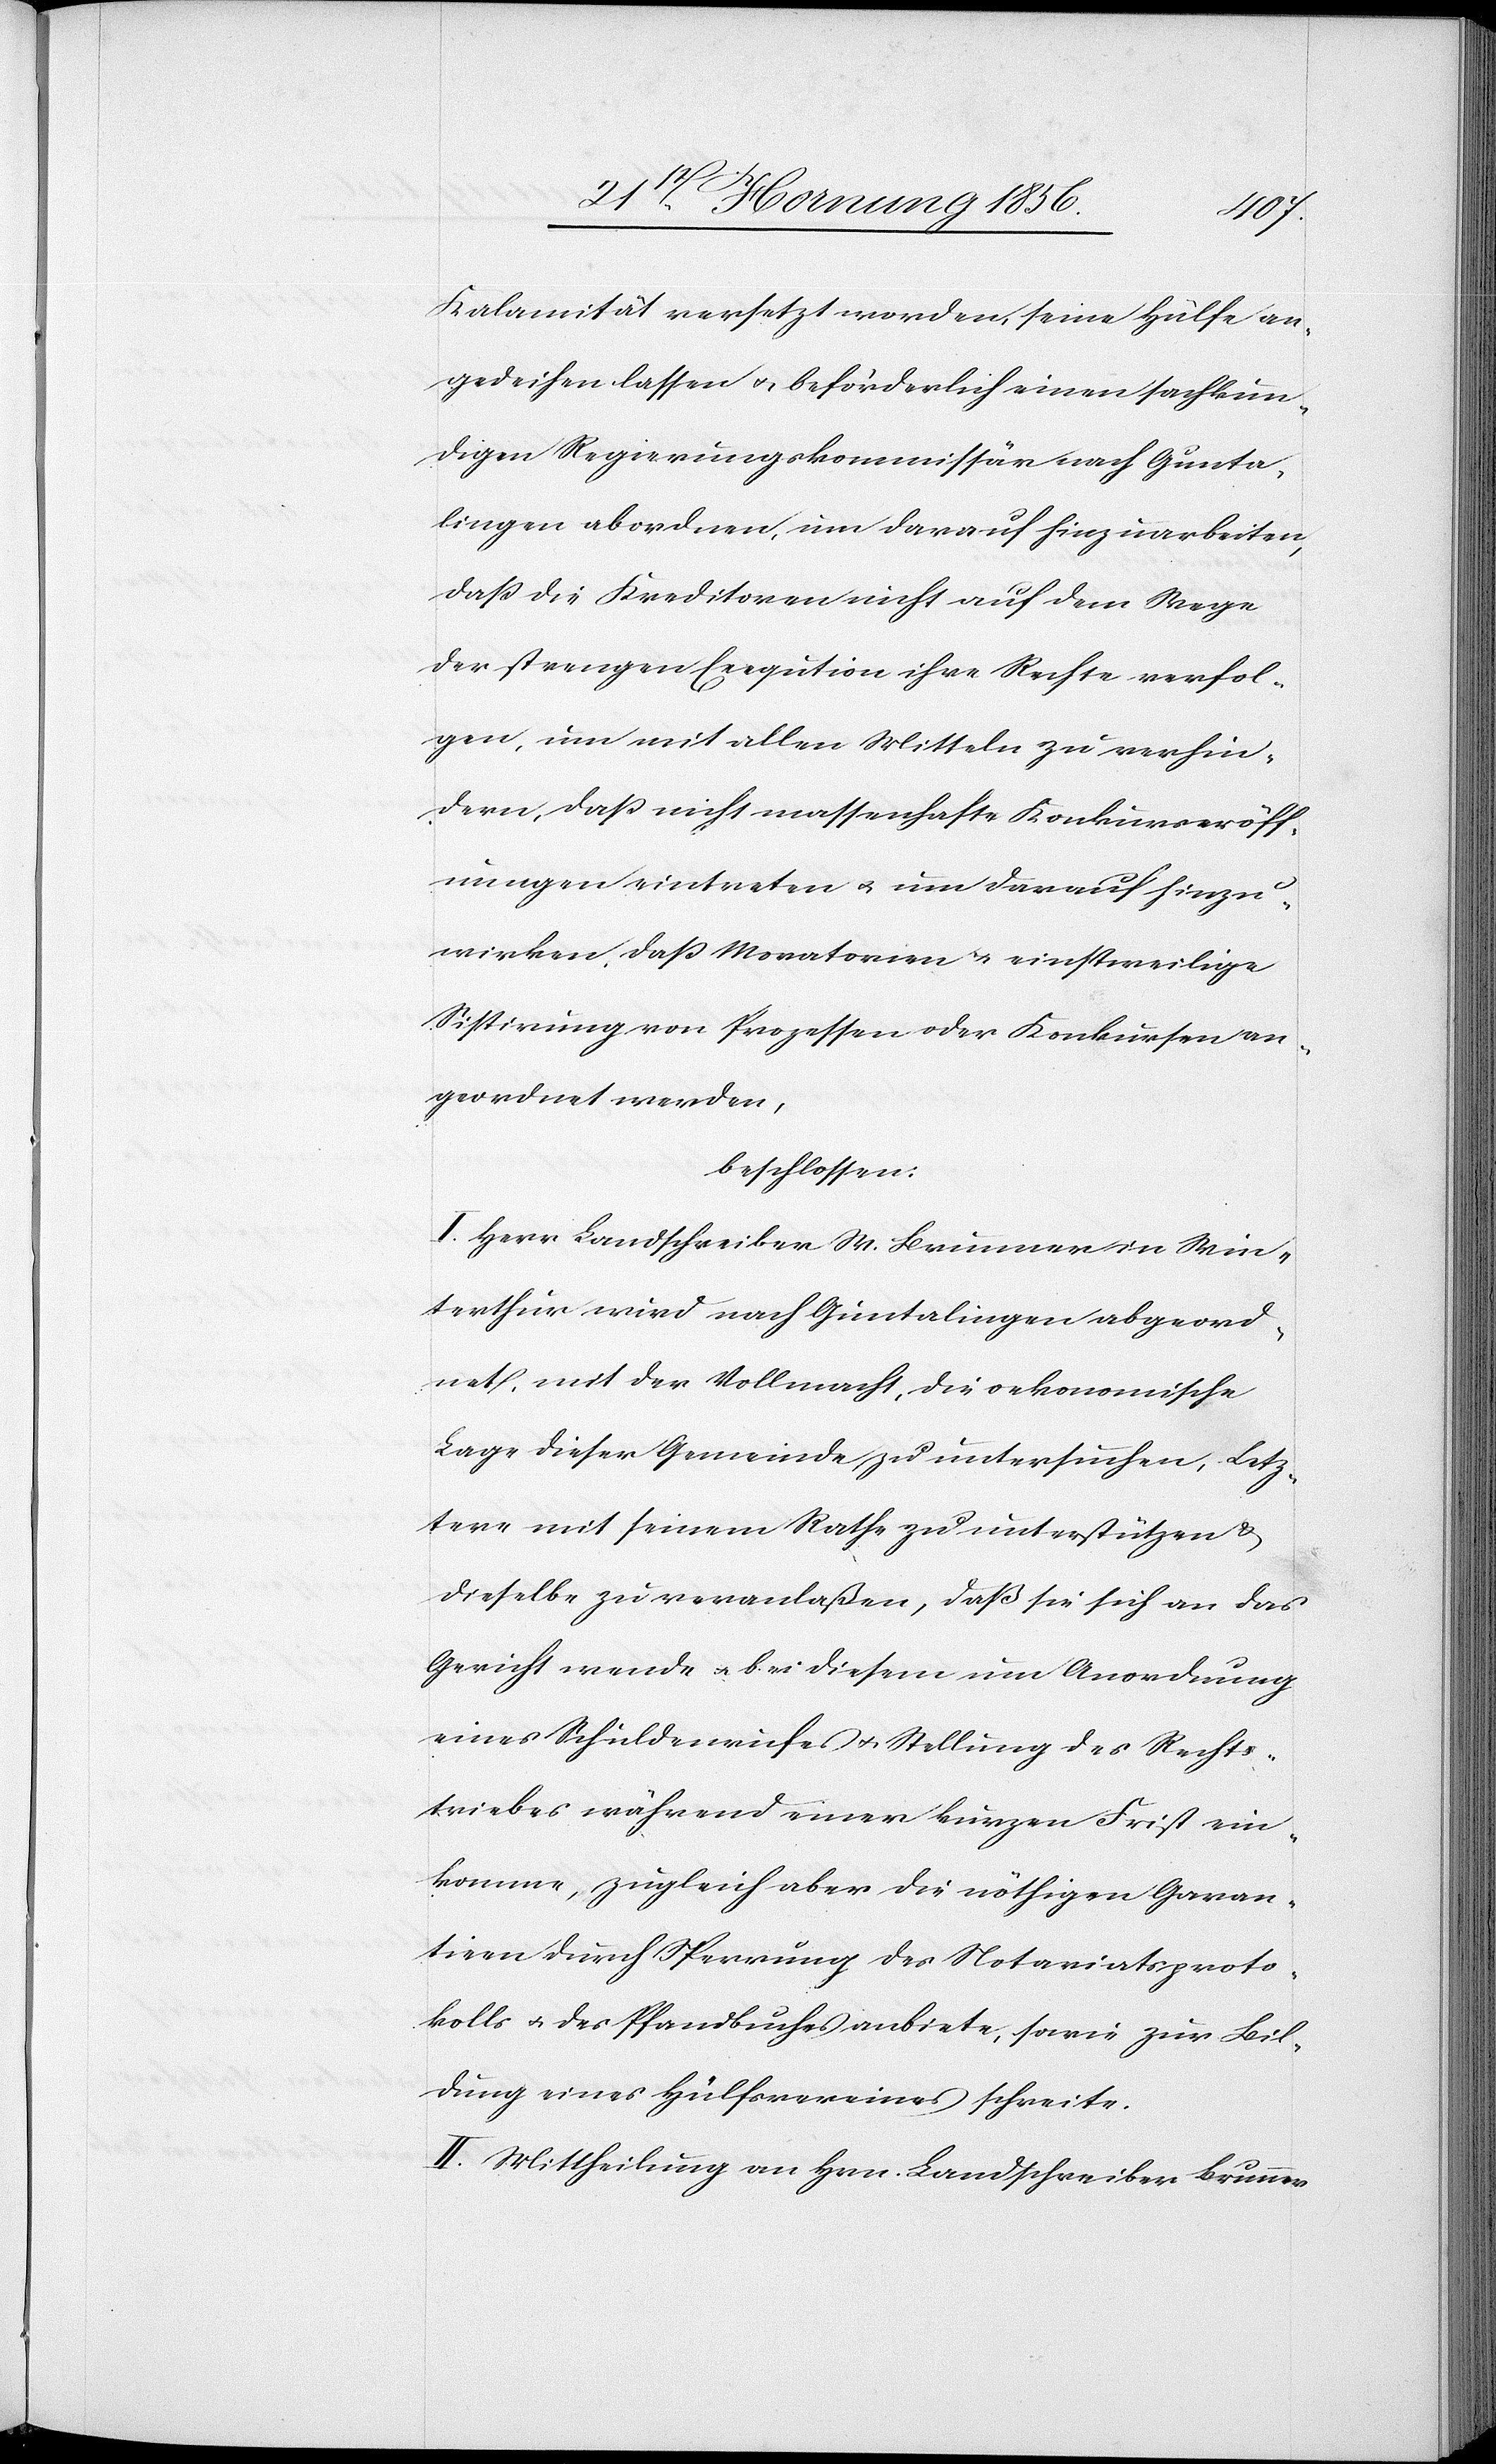
Kalamität versetzt worden, seine Hülfe an¬
gedeihen lassen u. beförderlich einen sachkun¬
digen Regierungskommissär nach Gunta¬
lingen abordnen, um darauf hinzuarbeiten,
daß die Kreditoren nicht auf dem Wege
der strengen Exeqution ihre Rechte verfol¬
gen, um mit allen Mitteln zu verhin¬
dern, daß nicht massenhafte Konkurseröff¬
nungen eintreten u. um darauf hinzu¬
wirken, daß Moratorien u. einstweilige
Sistirung von Prozessen oder Konkursen an¬
geordnet werden,
beschlossen:
I. Herr Landschreiber M. Brunner in Win¬
therthur wird nach Guntalingen abgeord¬
net, mit der Vollmacht, die oekonomische
Lage dieser Gemeinde zu untersuchen, Letz¬
tere mit seinem Rathe zu unterstützen &
dieselbe zu veranlaßen, daß sie sich an das
Gericht wende u. bei diesem um Anordnung
eines Schuldenrufes u. Stellung des Rechts¬
triebes während einer kurzen Frist ein¬
komme, zugleich aber die nöthigen Garan¬
tieen durch Sperrung des Notariatsproto¬
kolls u. des Pfandbuches anbiete, sowie zur Bil¬
dung eines Hülfsvereins schreite.
II. Mittheilung an Hrn. Landschreiber Brunner